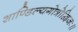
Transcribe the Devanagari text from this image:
शाण्डिल्यगोत्रोद्विजः॥